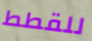
للقطط